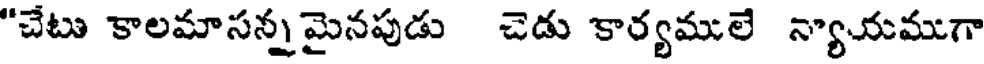
"చేటు కాలమాసన్నమైనపుడు చెడు కార్యములే న్యాయముగా